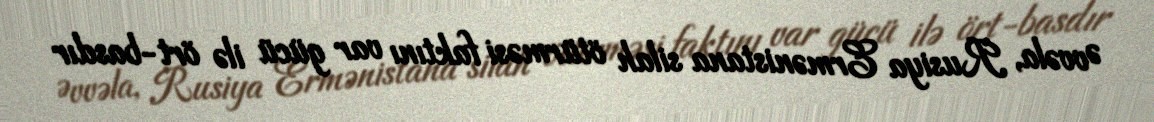
Əvvəla, Rusiya Ermənistana silah ötürməsi faktını var gücü ilə ört-basdır